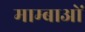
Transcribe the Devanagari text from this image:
माम्बाओं